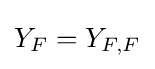
Y_{F}=Y_{F,F}